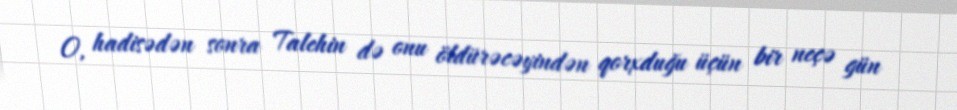
O, hadisədən sonra Talehin də onu öldürəcəyindən qorxduğu üçün bir neçə gün